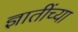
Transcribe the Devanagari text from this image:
ज्ञातींच्या